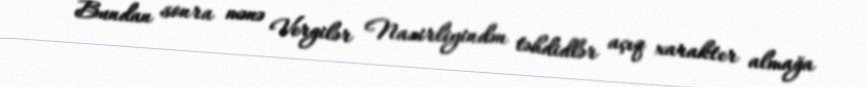
Bundan sonra mənə Vergilər Nazirliyindən təhdidlər açıq xarakter almağa